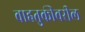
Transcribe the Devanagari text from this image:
वाहतुकीवरील